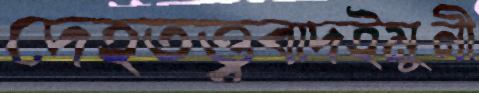
দেহতত্ত্ববাদইমুনী